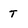
Character: t